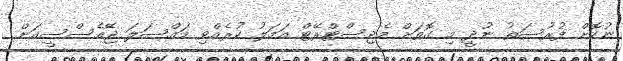
ނުކޮށް ފުރުސަތު ނުދީ މި ގޮޮތަށް މެޖިސްޓްރޭޓް އަމަލު ކުރެއްވި މައްސަލަ ޖޭއެސްސީއަށް